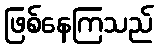
ဖြစ်နေကြသည်